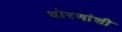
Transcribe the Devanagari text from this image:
धोरणांशी